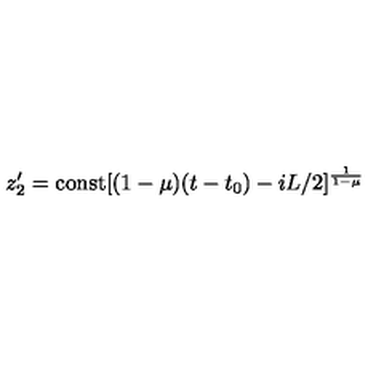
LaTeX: z _ { 2 } ^ { \prime } = \mathrm { c o n s t } [ ( 1 - \mu ) ( t - t _ { 0 } ) - i L / 2 ] ^ { \frac { 1 } { 1 - \mu } }